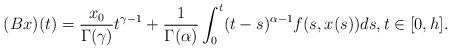
LaTeX: \begin{align*} (Bx)(t)=\frac{x_0}{\Gamma(\gamma)}t^{\gamma-1}+\frac{1}{\Gamma(\alpha)}\int_{0}^{t}(t-s)^{\alpha-1}f(s,x(s))ds, t\in[0,h].\end{align*}